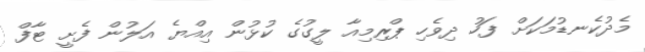
މެދުކެނޑުމަކަށް ފަހު ދިވެހި ޕްރިމިއާ ލީގުގެ ކުޅުން އިއްޔެ އަލުން ފެށީ ޓާފް